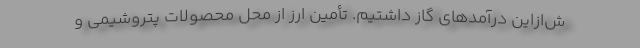
ش‌از‌این درآمدهای گاز داشتیم. تأمین ارز از محل محصولات پتروشیمی و